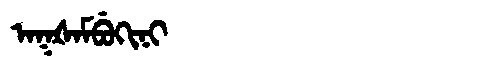
Manchu: ᠠᡴᡧᠠᠮᠪᡠᡴᡳᠨᡳ
Romanization: AKŠAMBUKINI